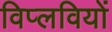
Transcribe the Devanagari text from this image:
विप्लवियों